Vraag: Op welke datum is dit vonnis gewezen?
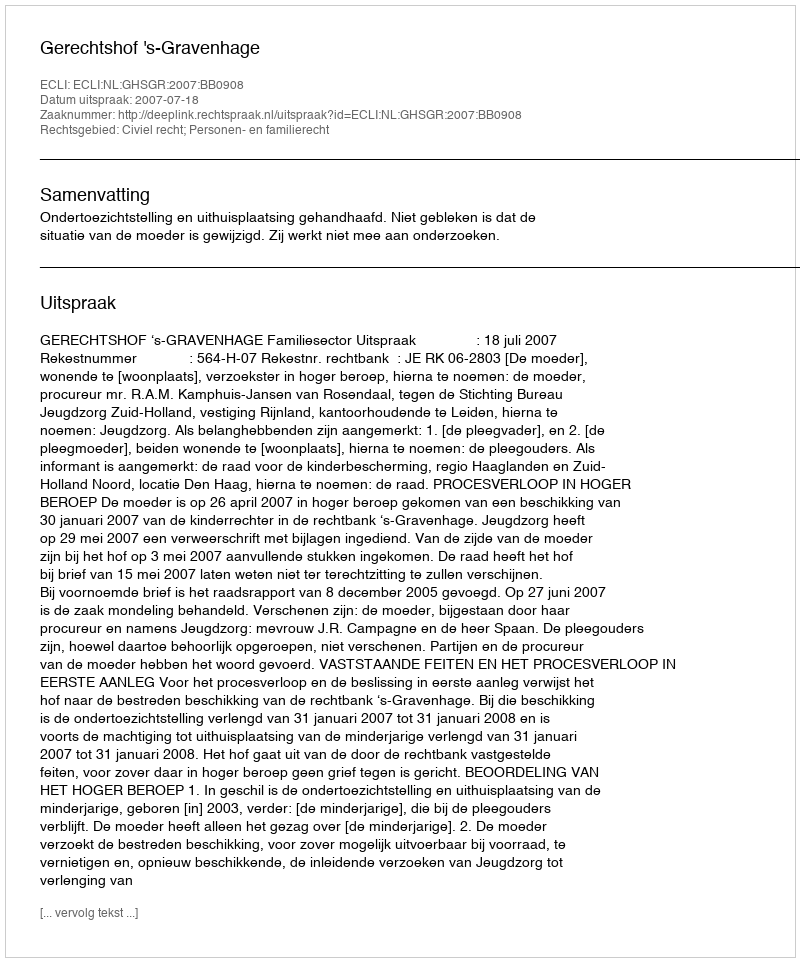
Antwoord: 2007-07-18